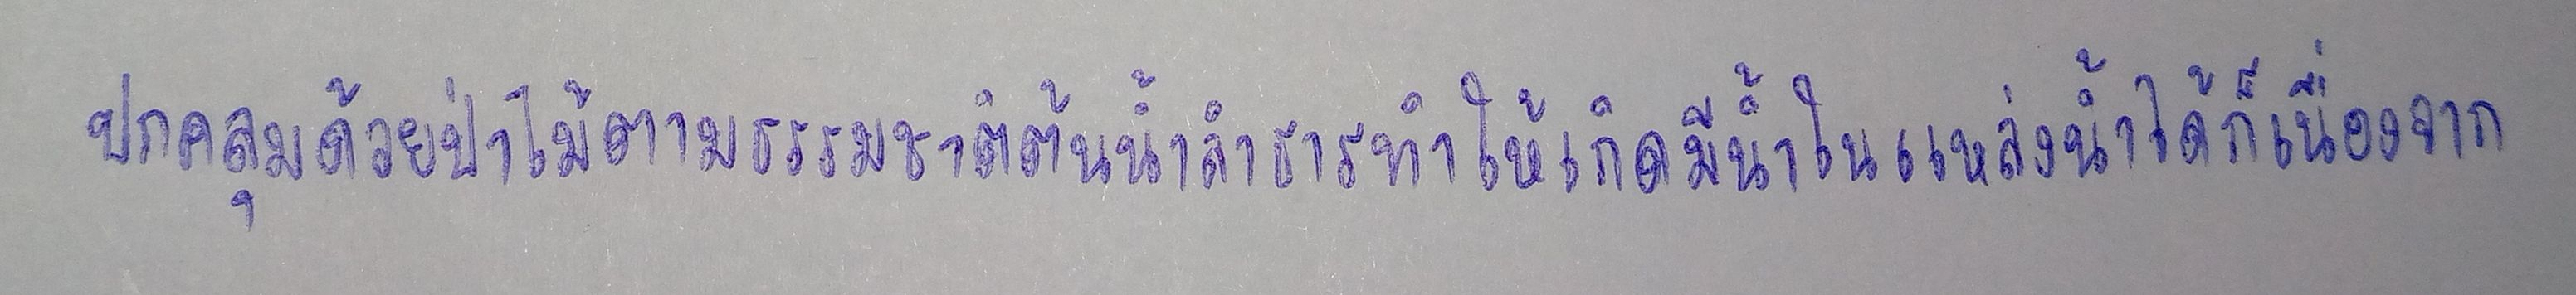
ปกคลุมด้วยป่าไม้ตามธรรมชาติต้นน้ำลำธารทำให้เกิดมีน้ำในแหล่งน้ำได้ก็เนื่องจาก